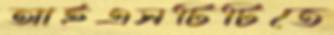
আইএসটিটিতে